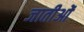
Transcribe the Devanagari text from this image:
जातीओं